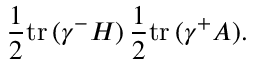
\frac { 1 } { 2 } \mathrm { t r } \, ( \gamma ^ { - } H ) \, \frac { 1 } { 2 } \mathrm { t r } \, ( \gamma ^ { + } A ) .